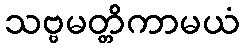
သဗ္ဗမတ္တိကာမယံ